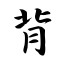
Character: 背